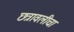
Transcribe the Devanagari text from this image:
छत्रावलीचा